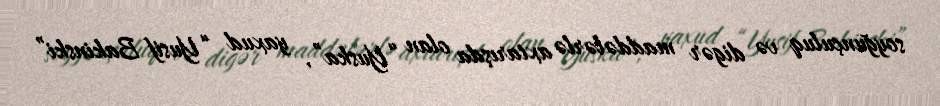
soyğunçuluq və digər maddələrlə axtarışda olan “Yuska”, yaxud “Yusif Bakinski”